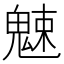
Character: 𩳒